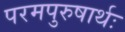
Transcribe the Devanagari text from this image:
परमपुरुषार्थः